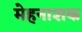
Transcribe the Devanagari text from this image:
मेहनाशक